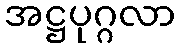
အဋ္ဌပုဂ္ဂလာ